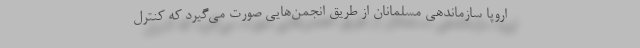
اروپا سازماندهی مسلمانان از طریق انجمن‌هایی صورت می‌گیرد که کنترل